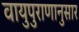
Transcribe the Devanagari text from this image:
वायुपुराणानुसार